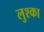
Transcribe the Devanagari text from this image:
लुश्का